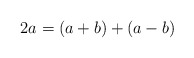
\begin{align*}2a = (a + b) + (a - b)\end{align*}